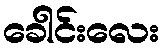
ခေါင်းလေး